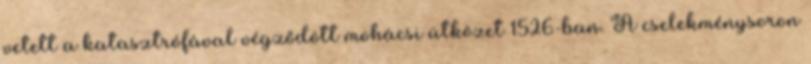
vetett a katasztrófával végződött mohácsi ütközet 1526-ban. A cselekménysoron